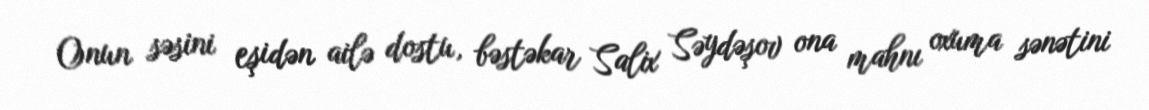
Onun səsini eşidən ailə dostu, bəstəkar Salix Səydəşov ona mahnı oxuma sənətini